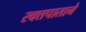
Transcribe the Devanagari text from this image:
रक्तपाताने